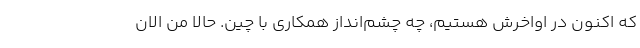
که اکنون در اواخرش هستیم، چه چشم‌انداز همکاری با چین. حالا من الان